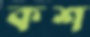
কশ